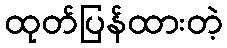
ထုတ်ပြန်ထားတဲ့